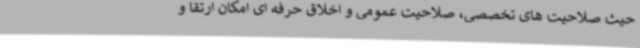
حیث صلاحیت های تخصصی، صلاحیت عمومی و اخلاق حرفه ای امکان ارتقا و